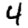
Digit: 4